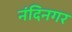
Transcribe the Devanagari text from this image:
नंदिनगर